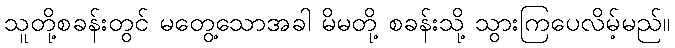
သူတို့စခန်းတွင် မတွေ့သောအခါ မိမတို့ စခန်းသို့ သွားကြပေလိမ့်မည်။